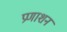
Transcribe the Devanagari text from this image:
प्रणाशन